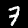
Digit: 7